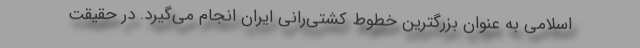
اسلامی به عنوان بزرگترین خطوط کشتی‌رانی ایران انجام می‌گیرد. در حقیقت